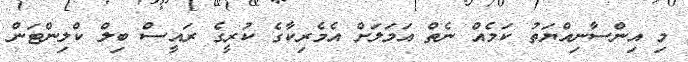
މި އިންސާނިއްޔަތު ކަމެއް ނެތް އަމަލަށް އެމެރިކާގެ ކުރީގެ ރައީސް ބިލް ކްލިންޓަން